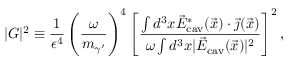
| G | ^ { 2 } \equiv \frac 1 { \epsilon ^ { 4 } } \left( \frac { \omega } { m _ { \gamma ^ { \prime } } } \right) ^ { 4 } \left[ \frac { \int d ^ { 3 } x \vec { E } _ { \mathrm { c a v } } ^ { * } ( \vec { x } ) \cdot \vec { \jmath } ( \vec { x } ) } { \omega \int d ^ { 3 } x | \vec { E } _ { \mathrm { c a v } } ( \vec { x } ) | ^ { 2 } } \right] ^ { 2 } ,